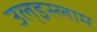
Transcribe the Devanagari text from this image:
उल्‌इस्लाम